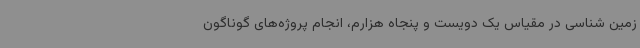
زمین شناسی در مقیاس یک دویست و پنجاه هزارم، انجام پروژه‌های گوناگون